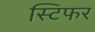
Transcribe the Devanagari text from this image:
स्टिफर